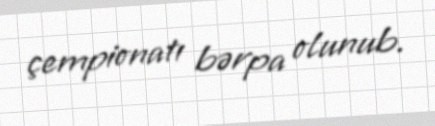
çempionatı bərpa olunub.